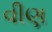
વીણ